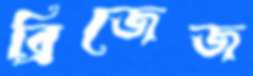
ব্রিজেজ